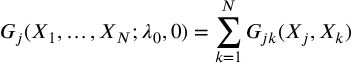
G _ { j } ( X _ { 1 } , \dots , X _ { N } ; \lambda _ { 0 } , 0 ) = \sum _ { k = 1 } ^ { N } G _ { j k } ( X _ { j } , X _ { k } )